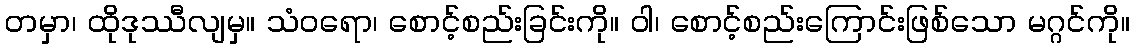
တမှာ၊ ထိုဒုဿီလျမှ။ သံဝရော၊ စောင့်စည်းခြင်းကို။ ဝါ၊ စောင့်စည်းကြောင်းဖြစ်သော မဂ္ဂင်ကို။